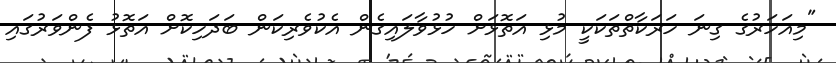
"މިއަހަރުގެ ގިނަ ހަރަކާތްތަކަކީ މުޅި އަތޮޅަށް ހުޅުވާލައިގެން އެކުވެރިކަން ބަދަހިކޮށް އަތޮޅު ފެންވަރުގައި